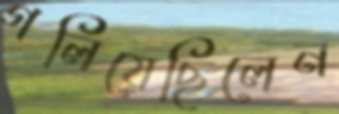
গলিয়েছিলেন